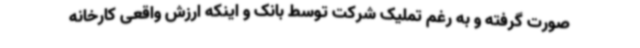
صورت گرفته و به رغم تملیک شرکت توسط بانک و اینکه ارزش واقعی کارخانه